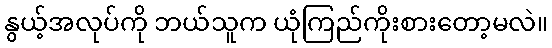
နွယ့်အလုပ်ကို ဘယ်သူက ယုံကြည်ကိုးစားတော့မလဲ။